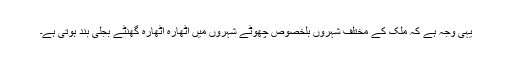
یہی وجہ ہے کہ ملک کے مختلف شہروں بلخصوص چھوٹے شہروں میں اٹھارہ اٹھارہ گھنٹے بجلی بند ہوتی ہے۔